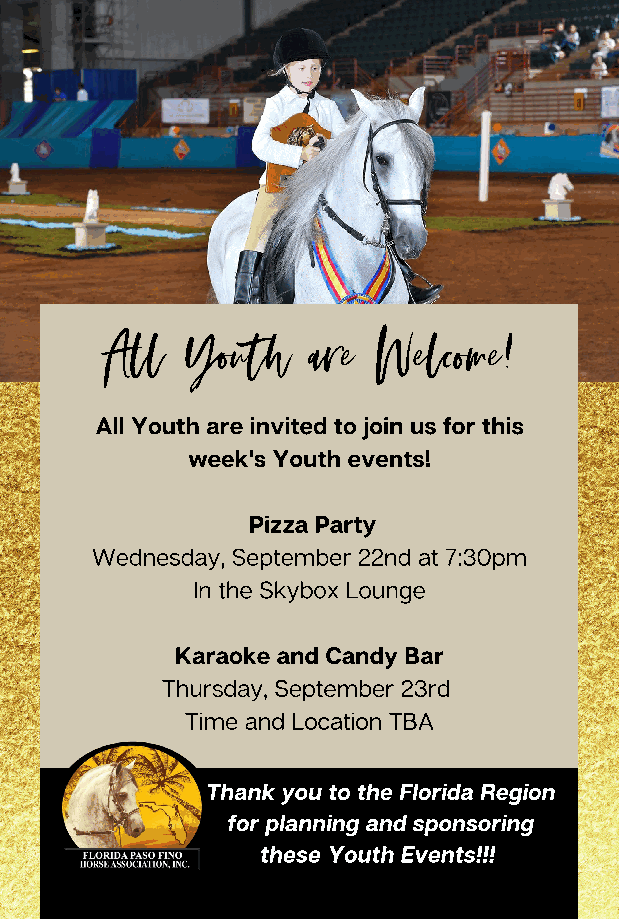
All  Youth    are Welcome!
 All Youth are invited to join us for this
 week's Youth events!
 Pizza Party
 Wednesday, September 22nd at 7:30pm
 In the Skybox Lounge
 Karaoke and Candy Bar
 Thursday, September 23rd
 Time and Location TBA
 Thank you to the Florida Region
 for planning and sponsoring
 these Youth Events!!!